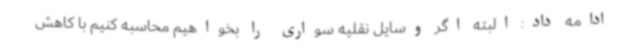
ادامه داد: البته اگر وسایل نقلیه سواری را بخواهیم محاسبه کنیم با کاهش